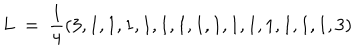
L \ = \ { \frac { 1 } { 4 } } ( 3 , 1 , 1 , 1 , 1 , 1 , 1 , 1 , 1 , 1 , 1 , 1 , 1 , 1 , 1 , 3 )